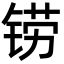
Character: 铹